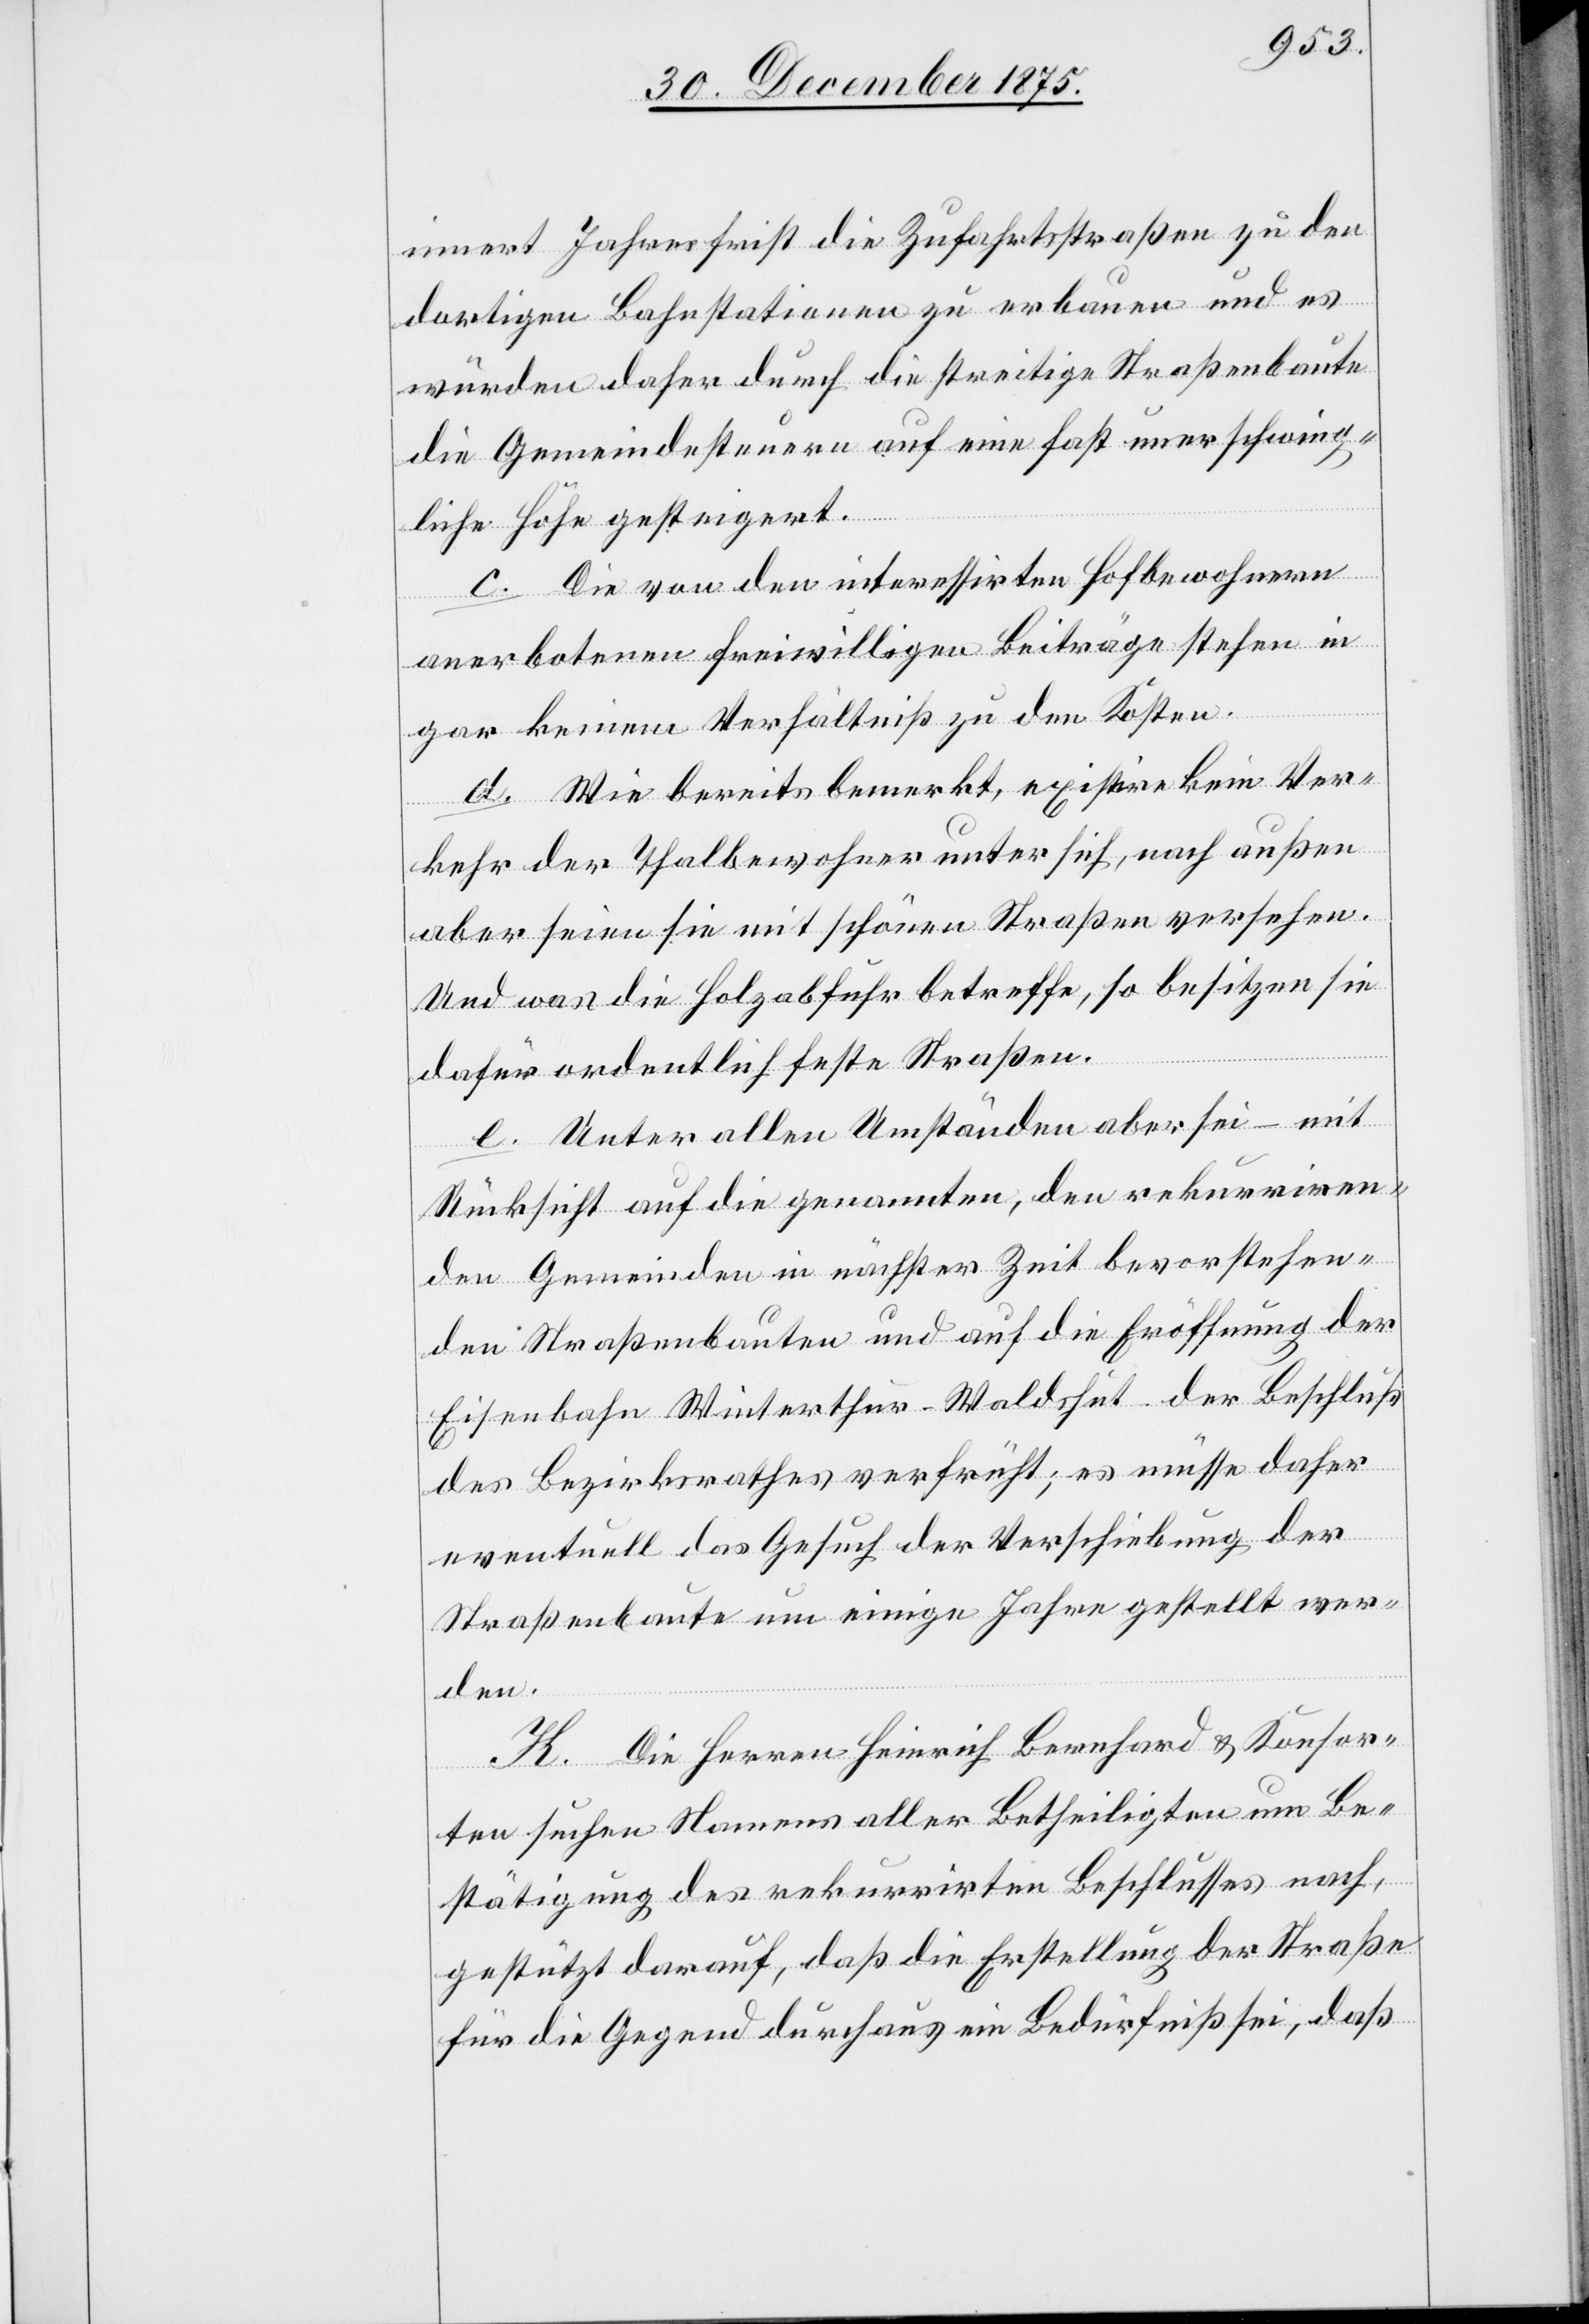
innert Jahresfrist die Zufahrtstraßen zu den
dortigen Bahnstationen zu erbauen und es
würden daher durch die streitige Straßenbaute
die Gemeindesteuern auf eine fast unerschwing¬
liche Höhe gesteigert.
c. Die von den interessirten Hofbewohnern
anerbotenen freiwilligen Beiträge stehen in
gar keinem Verhältniß zu den Kosten.
d. Wie bereits bemerkt, existire kein Ver¬
kehr der Thalbewohner unter sich, nach außen
aber seien sie mit schönen Straßen versehen.
Und was die Holzabfuhr betreffe, so besitzen sie
dafür ordentlich feste Straßen.
e. Unter allen Umständen aber sei – mit
Rücksicht auf die genannten, den rekurriren¬
den Gemeinden in nächster Zeit bevorstehen¬
den Straßenbauten und auf die Eröffnung der
Eisenbahn Winterthur–Waldshut – der Beschluß
des Bezirksrathes verfrüht; es müsse daher
eventuell das Gesuch der Verschiebung der
Straßenbaute um einige Jahre gestellt wer¬
den.
K. Die Herren Heinrich Bernhard & Konsor¬
ten suchen Namens aller Betheiligten um Be¬
stätigung des rekurrirten Beschlusses nach,
gestützt darauf, daß die Erstellung der Straße
für die Gegend durchaus ein Bedürfniß sei, daß